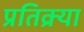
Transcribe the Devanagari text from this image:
प्रतिक्र्या